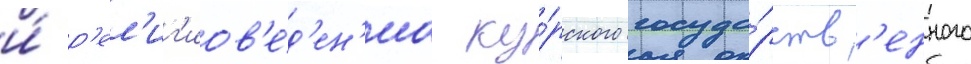
и́ р'ел'иг'иов'е́д'ен'иа ку́рского госуда́рств'енного